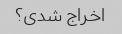
اخراج شدی؟